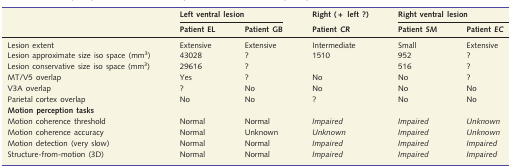
<table><thead><tr><td></td><td colspan="2"><b>Left ventral lesion</b></td><td><b>Right (+ left ?)</b></td><td colspan="2"><b>Right ventral lesion</b></td></tr><tr><td></td><td><b>Patient EL</b></td><td><b>Patient GB</b></td><td><b>Patient <i>CR</i></b></td><td><b>Patient <i>SM</i></b></td><td><b>Patient <i>EC</i></b></td></tr></thead><tbody><tr><td>Lesion extent</td><td>Extensive</td><td>Extensive</td><td>Intermediate</td><td>Small</td><td>Extensive</td></tr><tr><td>Lesion approximate size iso space (mm<sup>3</sup>)</td><td>43028</td><td>?</td><td>1510</td><td>952</td><td>?</td></tr><tr><td>Lesion conservative size iso space (mm<sup>3</sup>)</td><td>29616</td><td>?</td><td></td><td>516</td><td>?</td></tr><tr><td>MT/V5 overlap</td><td>Yes</td><td>?</td><td>No</td><td>No</td><td>?</td></tr><tr><td>V3A overlap</td><td>?</td><td>No</td><td>No</td><td>No</td><td>No</td></tr><tr><td>Parietal cortex overlap</td><td>No</td><td>No</td><td>?</td><td>No</td><td>No</td></tr><tr><td colspan="6"><b>Motion perception tasks</b></td></tr><tr><td>Motion coherence threshold</td><td>Normal</td><td>Normal</td><td><i>Impaired</i></td><td><i>Impaired</i></td><td><i>Unknown</i></td></tr><tr><td>Motion coherence accuracy</td><td>Normal</td><td>Unknown</td><td><i>Unknown</i></td><td><i>Impaired</i></td><td><i>Unknown</i></td></tr><tr><td>Motion detection (very slow)</td><td>Normal</td><td>Normal</td><td><i>Impaired</i></td><td><i>Impaired</i></td><td><i>Impaired</i></td></tr><tr><td>Structure-from-motion (3D)</td><td>Normal</td><td>Normal</td><td><i>Impaired</i></td><td><i>Impaired</i></td><td><i>Impaired</i></td></tr></tbody></table>